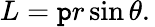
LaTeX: L=\mathtt{p}r\sin\theta.\,